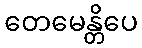
တေမေန္တိပေ